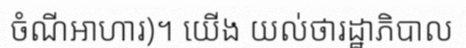
ចំណីអាហារ)។ យើង យល់ថារដ្ឋាភិបាល